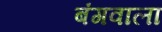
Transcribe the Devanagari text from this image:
बंगवाला